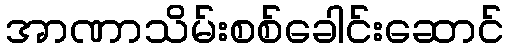
အာဏာသိမ်းစစ်ခေါင်းဆောင်